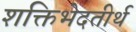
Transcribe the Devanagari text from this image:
शक्तिभेदतीर्थ